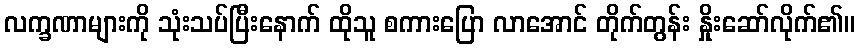
လက္ခဏာများကို သုံးသပ်ပြီးနောက် ထိုသူ စကားပြော လာအောင် တိုက်တွန်း နှိုးဆော်လိုက်၏။